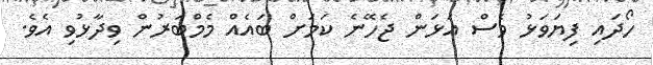
ހޯދައި ފިޔަވަޅު ވެސް އަޅަން ޖެހޭނެ ކަމަށް ބައެއް މެމްބަރުން ވިދާޅުވި އެވެ.